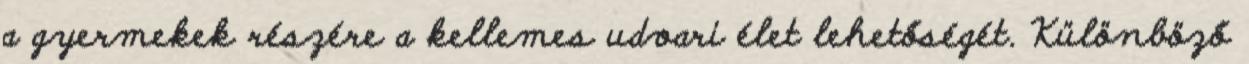
a gyermekek részére a kellemes udvari élet lehetőségét. Különböző